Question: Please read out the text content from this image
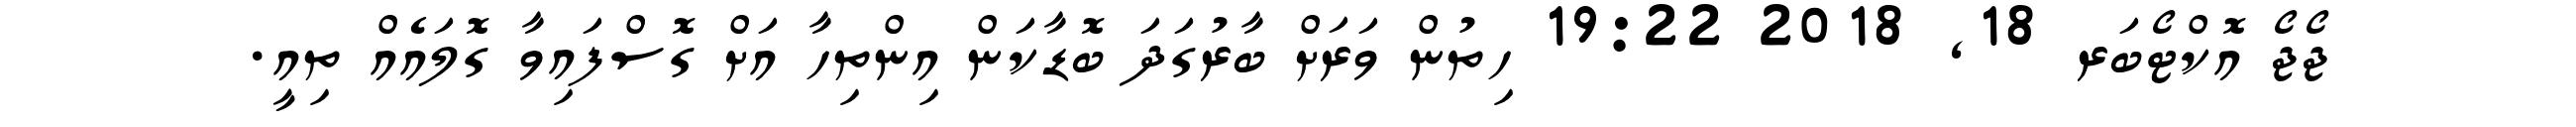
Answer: ޖޯޖޯ އޮކްޓޯބަރ 18, 2018 19:22 ހިތުން ވަރަށް ބާރުގަދަ ބޮޑާކަން އިންތިހާ އަށް ގޮސްފައިވާ ގޮލައެއް ތިއީ.